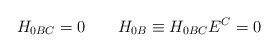
\begin{align*}H_{0BC}=0 \qquad H_{0B}\equiv H_{0BC} E^C =0\end{align*}